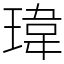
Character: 瑋